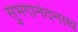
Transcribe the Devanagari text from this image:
सुभगानंदनाथ